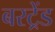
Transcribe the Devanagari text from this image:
बरट्रेंड